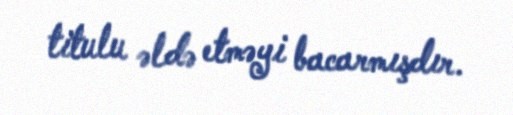
titulu əldə etməyi bacarmışdır.